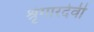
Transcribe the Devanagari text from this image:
श्रृंगारदेवी